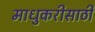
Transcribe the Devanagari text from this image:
माधुकरीसाठी